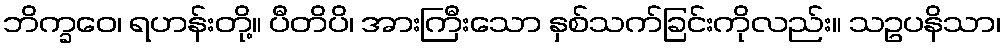
ဘိက္ခဝေ၊ ရဟန်းတို့။ ပီတိပိ၊ အားကြီးသော နှစ်သက်ခြင်းကိုလည်း။ သဥပနိသာ၊